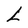
Character: L